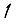
Digit: 1